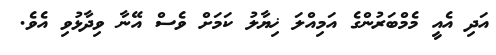
އަދި އެއީ މެމްބަރުންގެ އަމިއްލަ ޚިޔާލު ކަމަށް ވެސް އޭނާ ވިދާޅުވި އެވެ.